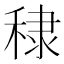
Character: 𥟤